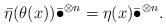
LaTeX: \begin{align*}\bar{\eta}(\theta(x))\bar{\bullet}^{\otimes n}=\eta(x)\bar{\bullet}^{\otimes n}.\end{align*}